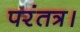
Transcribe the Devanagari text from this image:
परंतत्र।